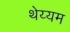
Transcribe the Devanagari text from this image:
थेय्यम